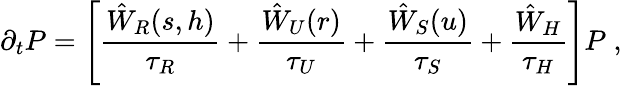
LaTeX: \partial_{t}P=\left[\frac{\hat{W}_{R}(s,h)}{\tau_{R}}+\frac{\hat{W}_{U}(r)}{\tau_{U}}+\frac{\hat{W}_{S}(u)}{\tau_{S}}+\frac{\hat{W}_{H}}{\tau_{H}}\right]P\; ,